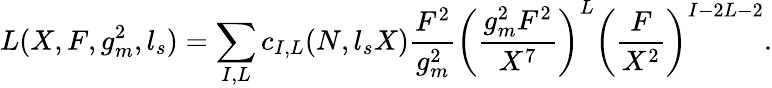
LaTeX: L(X,F,g_{m}^{2},l_{s})=\sum_{I,L}c_{I,L}(N,l_{s}X){\frac{F^{2}}{g_{m}^{2}}}\left({\frac{g_{m}^{2}F^{2}}{X^{7}}}\right)^{L}\left({\frac{F}{X^{2}}}\right)^{I-2L-2}.